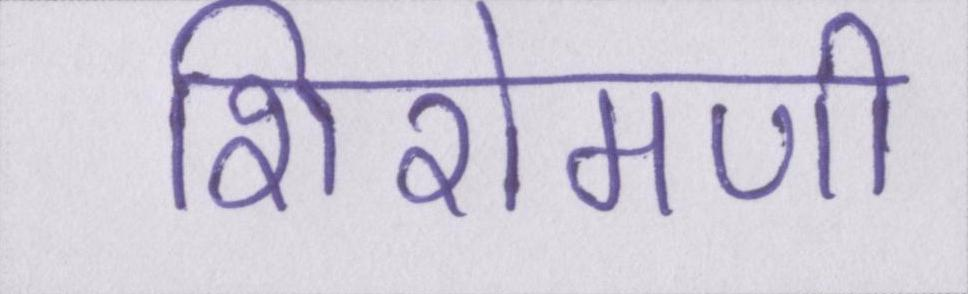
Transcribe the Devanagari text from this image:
शिरोमणी